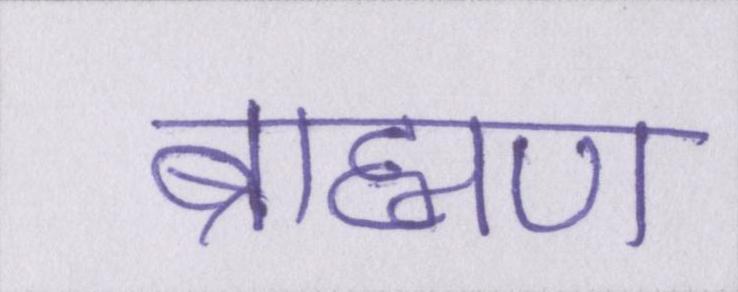
ब्राह्मण